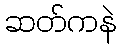
ဆတ်ကနဲ